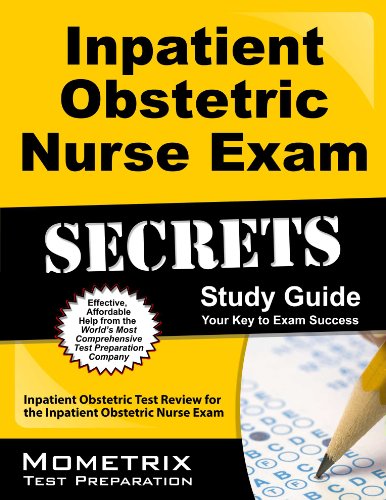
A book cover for Inpatient Obstetric Nurse Exam Secrets Study Guide: Inpatient Obstetric Test Review for the Inpatient Obstetric Nurse Exam; Inpatient Obstetric Exam Secrets Test Prep Team; Medical Books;